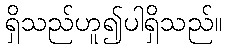
ရှိသည်ဟူ၍ပါရှိသည်။